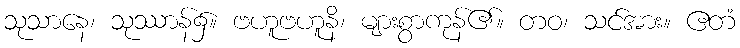
သုသာနေ၊ သုဿာန်၌။ ဗဟူဗဟူနိ၊ များစွာကုန်၏။ တဝ၊ သင်အား။ ဧတံ